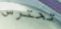
تحترس